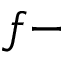
f -